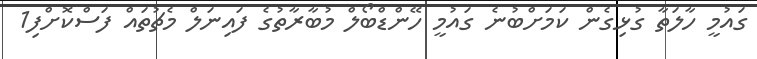
ގައުމީ ހާލަތާ ގުޅިގެން ކަމަށްބުނެ ގައުމީ ހޭންޑްބޯލް މުބާރާތުގެ ފައިނަލް މެޗުތައް ފަސްކޮށްފި1